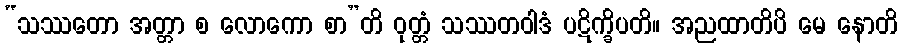
“သဿတော အတ္တာ စ လောကော စာ”တိ ဝုတ္တံ သဿတဝါဒံ ပဋိက္ခိပတိ။ အညထာတိပိ မေ နောတိ